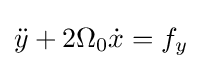
{\ddot {y}}+2\Omega _{0}{\dot {x}}=f_{y}